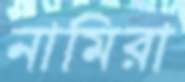
নামিরা